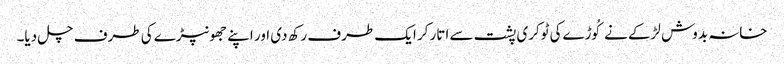
خانہ بدوش لڑکے نے کُوڑےکی ٹوکری پشت سے اتار کر ایک طرف رکھ دی اور اپنے جھونپڑے کی طرف چل دیا۔